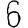
Digit: 6